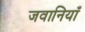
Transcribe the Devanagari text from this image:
जवानियाँ